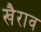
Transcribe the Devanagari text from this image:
खैराव